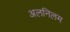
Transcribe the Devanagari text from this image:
अलनिलम